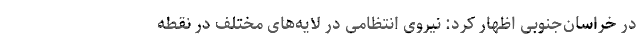
در خراسان‌جنوبی اظهار کرد: نیروی انتظامی در لایه‌های مختلف در نقطه